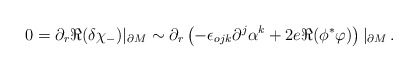
\begin{align*}0=\partial_r \Re (\delta \chi_-)|_{\partial M} \sim\partial_r \left( -\epsilon_{ojk}\partial^j \alpha^k + 2e \Re ( \phi^* \varphi ) \right)|_{\partial M}\,.\end{align*}